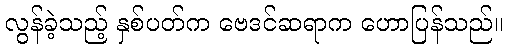
လွန်ခဲ့သည့် နှစ်ပတ်က ဗေဒင်ဆရာက ဟောပြန်သည်။